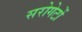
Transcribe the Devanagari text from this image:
सरोगेटों